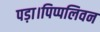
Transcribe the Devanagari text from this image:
पड़ा।पिप्पलिवन